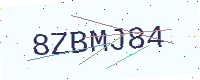
Text: 8ZBMJ84